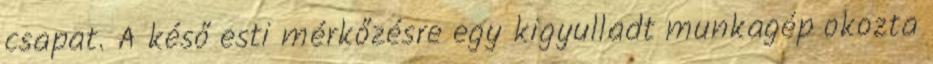
csapat. A késő esti mérkőzésre egy kigyulladt munkagép okozta